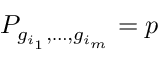
P _ { g _ { i _ { 1 } } , \dots , g _ { i _ { m } } } = p